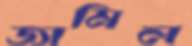
জামিল